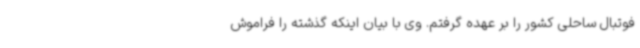
فوتبال ساحلی کشور را بر عهده گرفتم. وی با بیان اینکه گذشته را فراموش